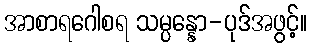
အာစာရဂေါစရ သမ္ပန္နော-ပုဒ်အဖွင့်။